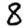
Digit: 8